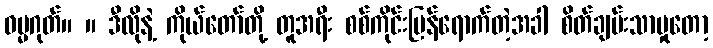
ဓမ္မဂုတ်။ ။ ဒီလိုနဲ့ ကိုယ်တော်တို့ တူအရီး စစ်ကိုင်းပြန်ရောက်တဲ့အခါ စိတ်ချမ်းသာမှုတော့